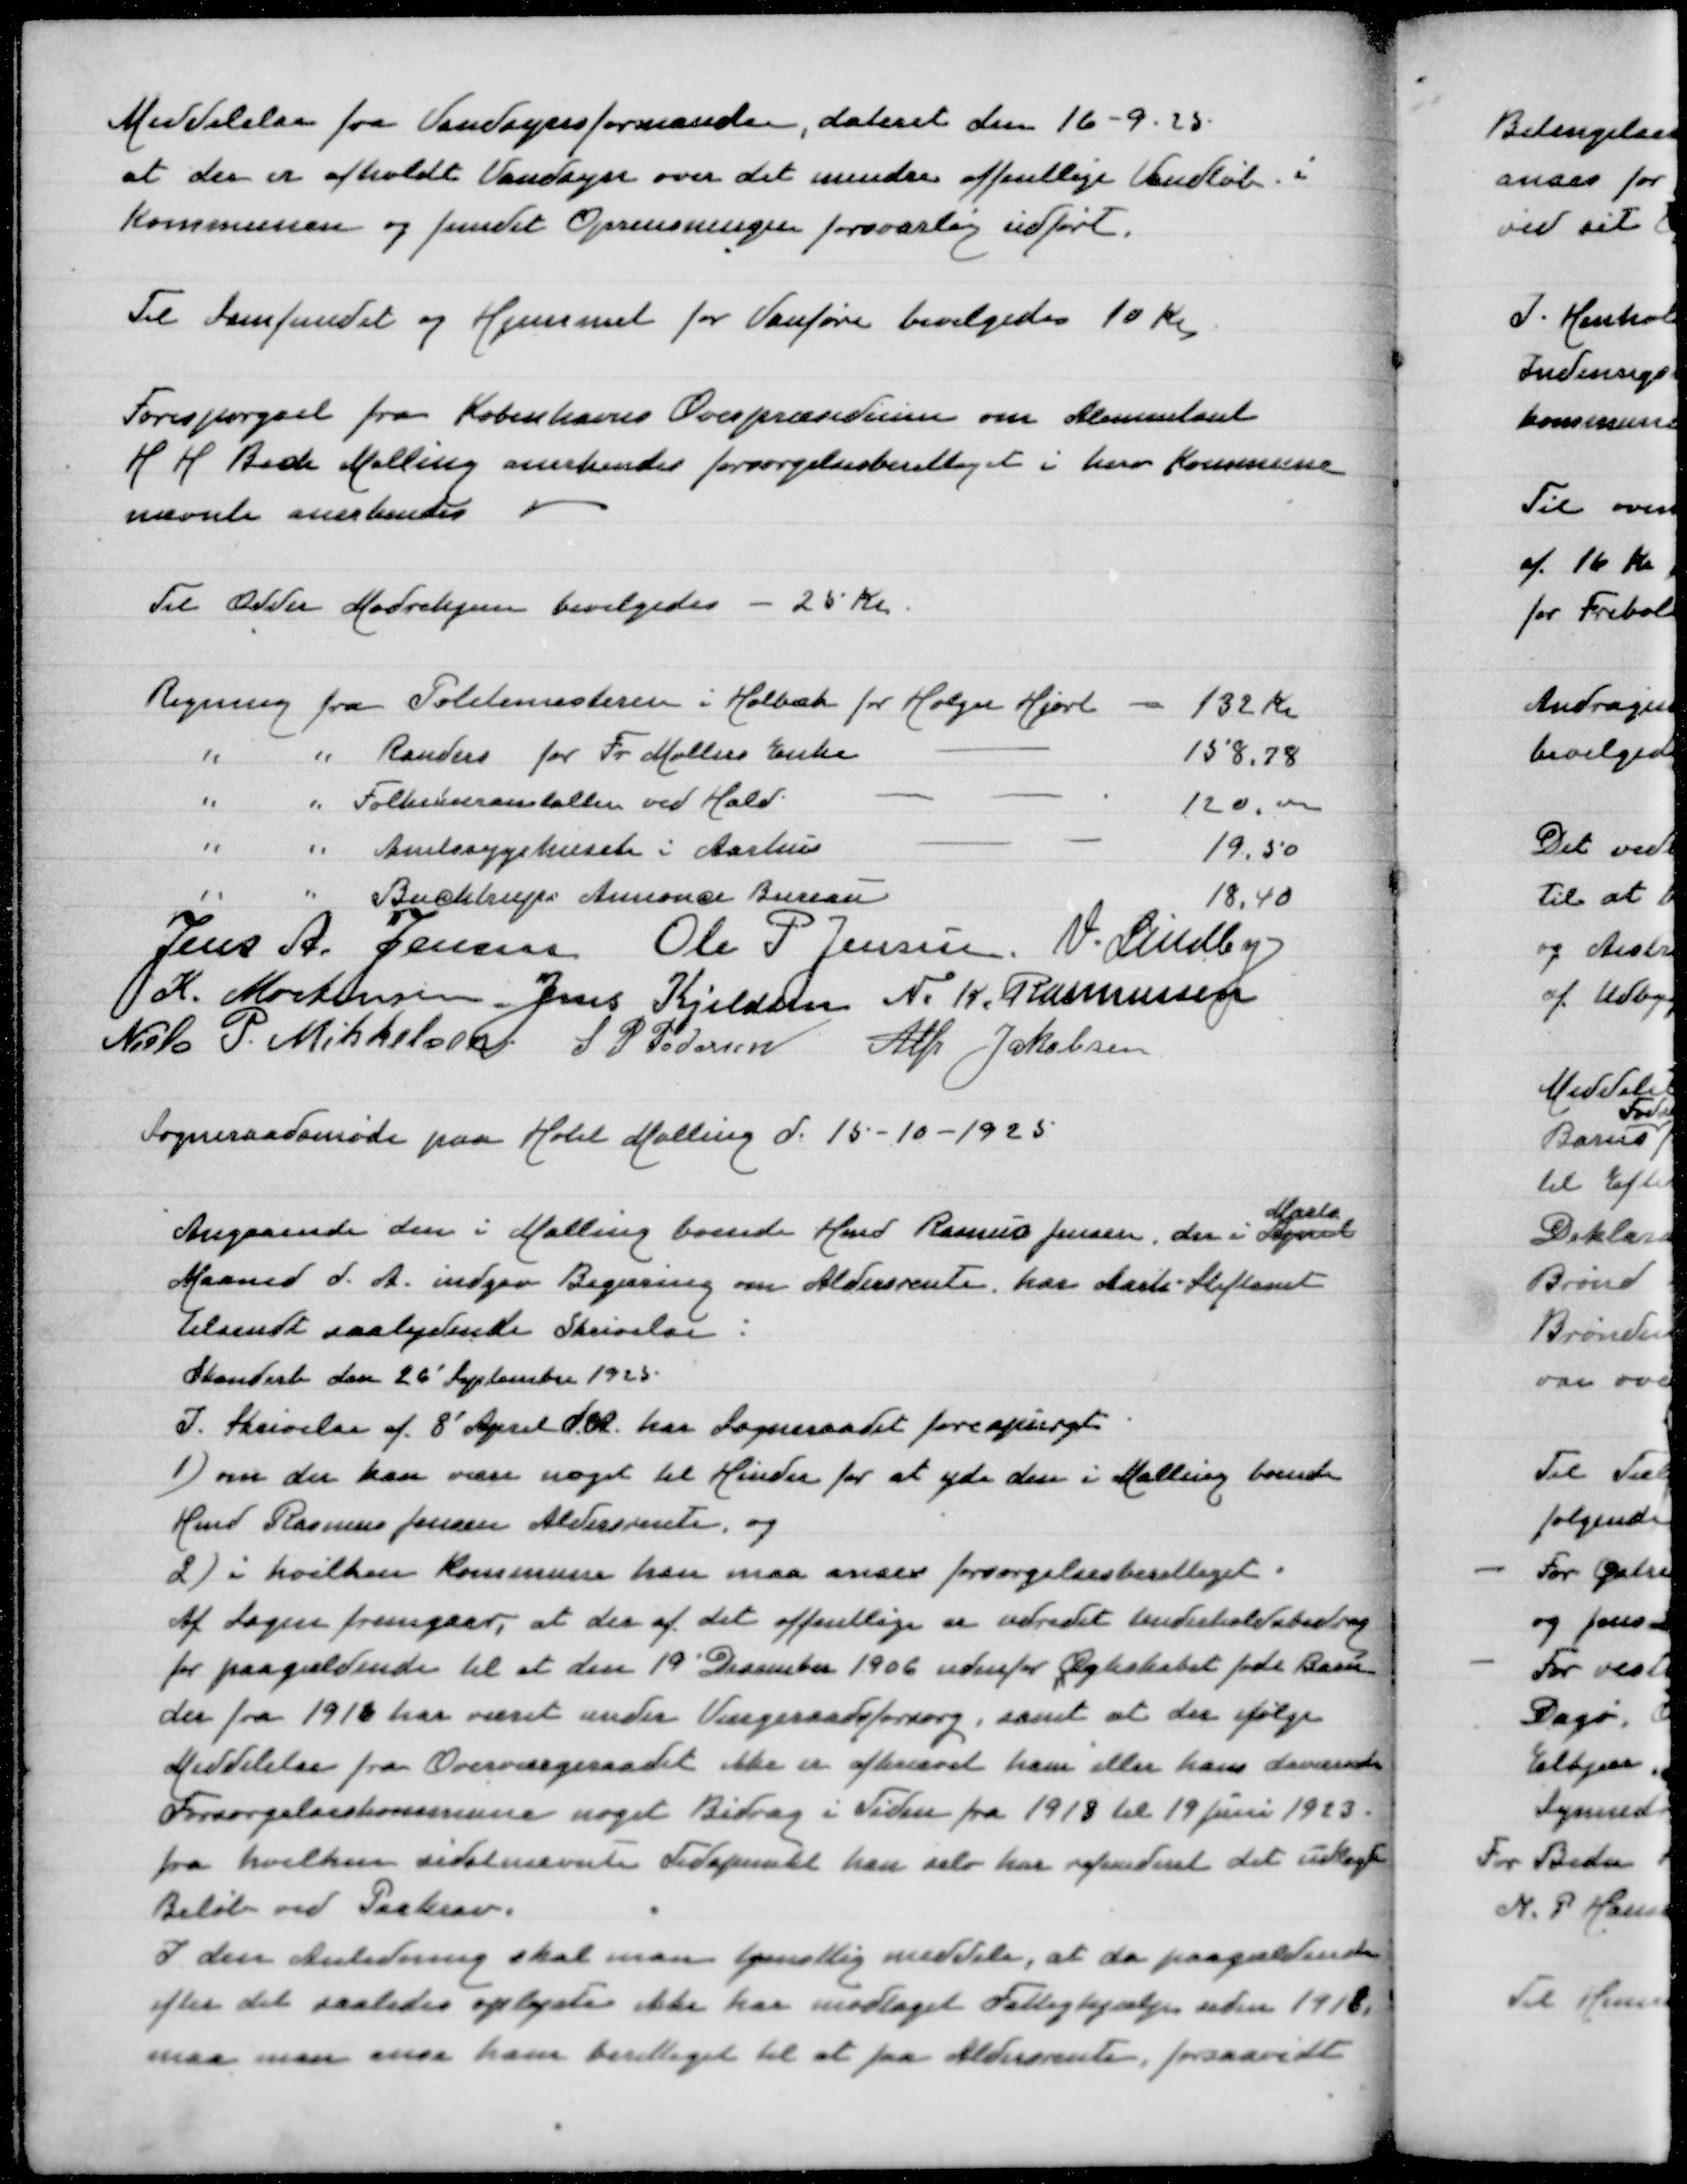
Transskription:
Meddelelse fra Vandsynsformanden, dateret dem 16-9-25
at der er afholdt Vandsyn over det mindre offentlige Vandløb i
Kommunen og fundet Oprensningen forsvarlig udført

Til Samfundet og Hjemmet for Vanføre bevilgedes 10 Kr

Forespørgsel fra Københavns Overpræsidium om Alimentant
H H Beck Malling anerkendes forsørgelsesberettiget i herv Kommune
nævnte anerkendes

Til Odder Mødrehjem bevilgedes - 25 Kr

Regning fra Politimesteren i Holbæk for Holger Hjort
132 Kr
" " Randersfor Fr Møllers Enke
158,78
" " Folkekuranstalten ved Hald
120,00
" " Amtssygehuset i Aarhus
19,50
" " Buchtrups Annonce Bureau
18,40
Jens A Jensen
Ole P Jensen
V Lindby
K Mortensen
Jens Kjeldsen
N K Rasmussen
Niels P Mikkelsen
S P Pedersen
Alfr Jakobsen

Sogneraadsmøde paa Hotel Malling d 15-10-1925

Marts
Angaaende den i Malling boende Hmd Rasmus Jensen, der i April
Maaned d A indgav Begæring om Aldersrente har Aarh Stiftamt
tilsendt saalydende Skrivelse:
Skanderb den 25 September 1925
I Skrivelse af 8' April d A har Sogneraadet forespurgt:
1) om der kan være noget til Hinder for at yde den i Malling boende
Hmd Rasmus Jensen Aldersrente og
2) i hvilken Kommune han maa anses forsørgelsesberettiget.
Af Sagen fremgaar, at der af det offentlige er udredt Underholdsbidrag
for paagældende til et den 19' December 1906 udenfor Ægteskabet født Barn
der fra 1916 har været under Værgeraadsforsorg samt at der ifølge
Meddelelse fra Overværgeraadet ikke er afkrævet ham eller hans daværende
Forsørgelseskommune noget Bidrag i Tiden fra 1918 til 19' Juni 1923
fra hvilken sidstnævnte Tidspunkt han selv har refunderet det udlagte
Beløb ved Paakrav
I den Anledning skal man tjenstlig meddele, at da paagældende
efter det saaledes oplyste ikke har modtaget Fattighjælp siden 1918
maa man anse ham berettiget til at faa Aldersrente, forsaavidt